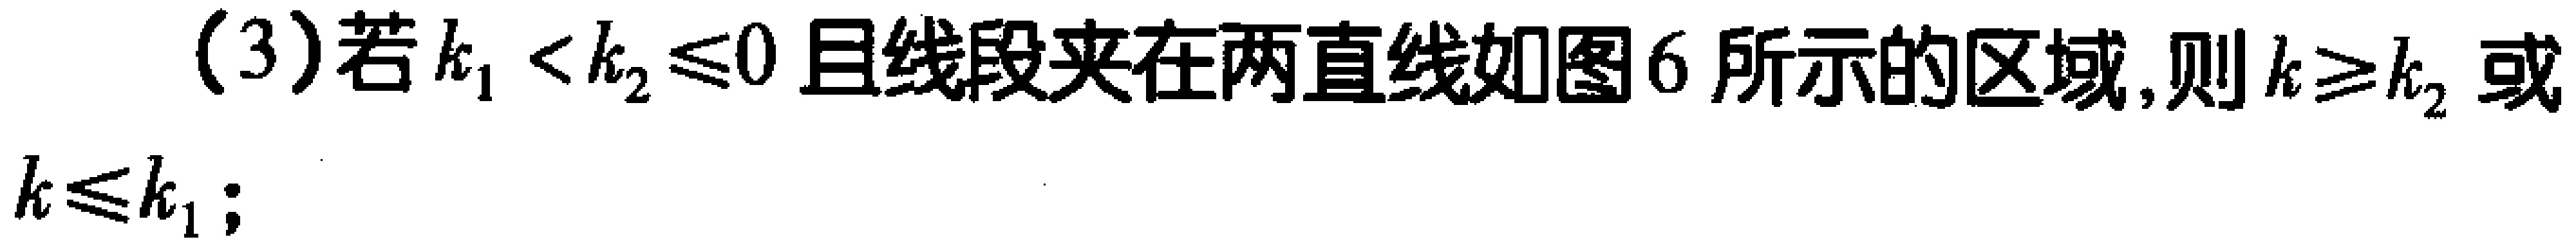
(3)若\(k_{1}<k_{2}\leq0\)且线段夹在两直线如图6所示的区域,则\(k\geq k_{2}\)或\(k\leq k_{1}\);